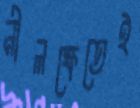
নীলক্ষেতেই